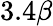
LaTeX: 3.4\beta